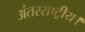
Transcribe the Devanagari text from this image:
अंतरराष्ट्रीय।